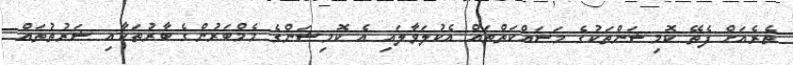
ތެރެއަށް ފެތޭ ކޮމިޝަންތަކުގެ މަސައްކަތްތައް އެކުލަވާލައި އެ ކޮމިޝަންގެ މެމްބަރުންގެ ބާރުތަކާއި ޝަރުތުތައް